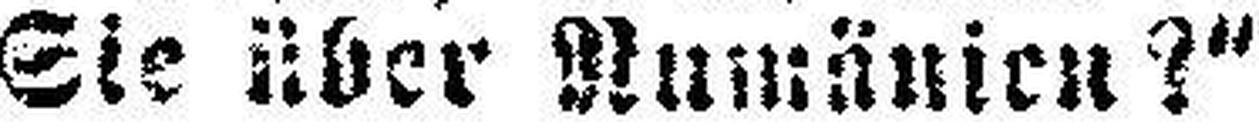
Sie über Numänien?“